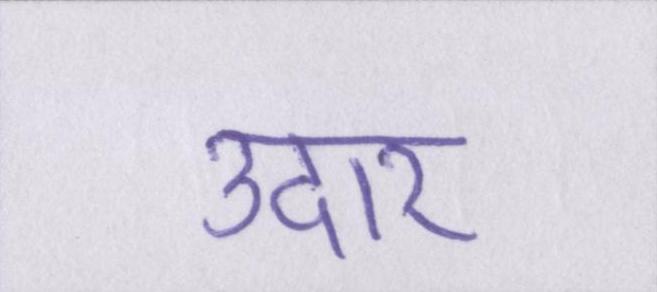
उदार